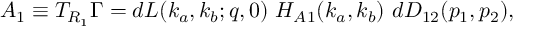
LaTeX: A _ { 1 } \equiv T _ { R _ { 1 } } \Gamma = d L ( k _ { a } , k _ { b } ; q , 0 ) ~ H _ { A 1 } ( k _ { a } , k _ { b } ) ~ d D _ { 1 2 } ( p _ { 1 } , p _ { 2 } ) ,